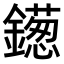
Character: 𫓑